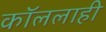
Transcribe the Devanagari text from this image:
कॉललाही